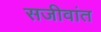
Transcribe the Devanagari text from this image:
सजीवांत